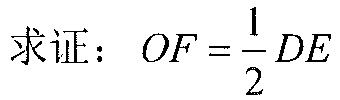
求证：\(OF=\dfrac{1}{2}DE\)